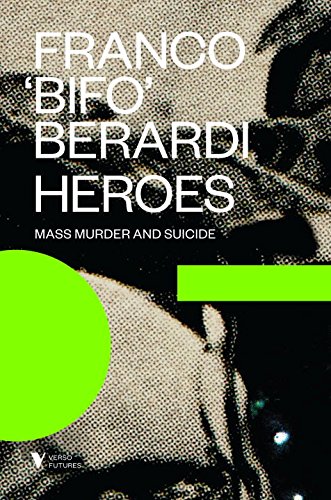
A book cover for Heroes: Mass Murder and Suicide (Futures); Franco "Bifo" Berardi; Self-Help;